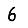
Digit: 6